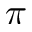
\pi